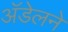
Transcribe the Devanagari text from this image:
अॅडेलने